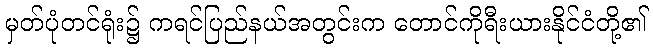
မှတ်ပုံတင်ရုံး၌ ကရင်ပြည်နယ်အတွင်းက တောင်ကိုရီးယားနိုင်ငံတို့၏